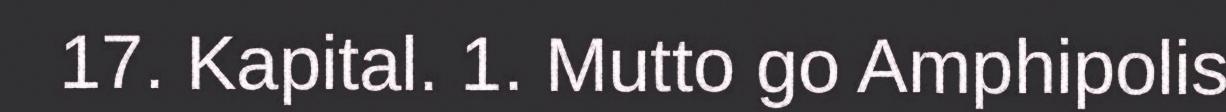
17. Kapital. 1. Mutto go Amphipolis